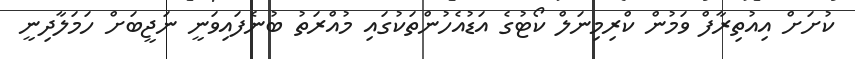
ކުށަށް އިއުތިރާފް ވަމުން ކްރިމިނަލް ކޯޓުގެ އަޑުއެހުންތަކުގައި މުއްރަތު ބުނެފައިވަނީ ނަޖީބަށް ހަމަލާދިނީ